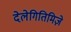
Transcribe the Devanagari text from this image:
देलेगितिमिज़े